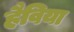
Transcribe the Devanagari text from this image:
हैविया